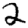
Digit: 2